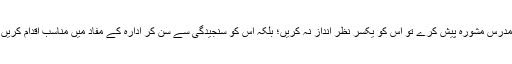
(۶) تعلیمی اُمور سے متعلق اگر کوئی مدرس مشورہ پیش کرے تو اس کو یکسر نظر انداز نہ کریں؛ بلکہ اس کو سنجیدگی سے سن کر ادارہ کے مفاد میں مناسب اقدام کریں اور مدرسین سے چندہ ہرگز نہ کرائیں۔